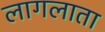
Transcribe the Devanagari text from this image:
लागलाता